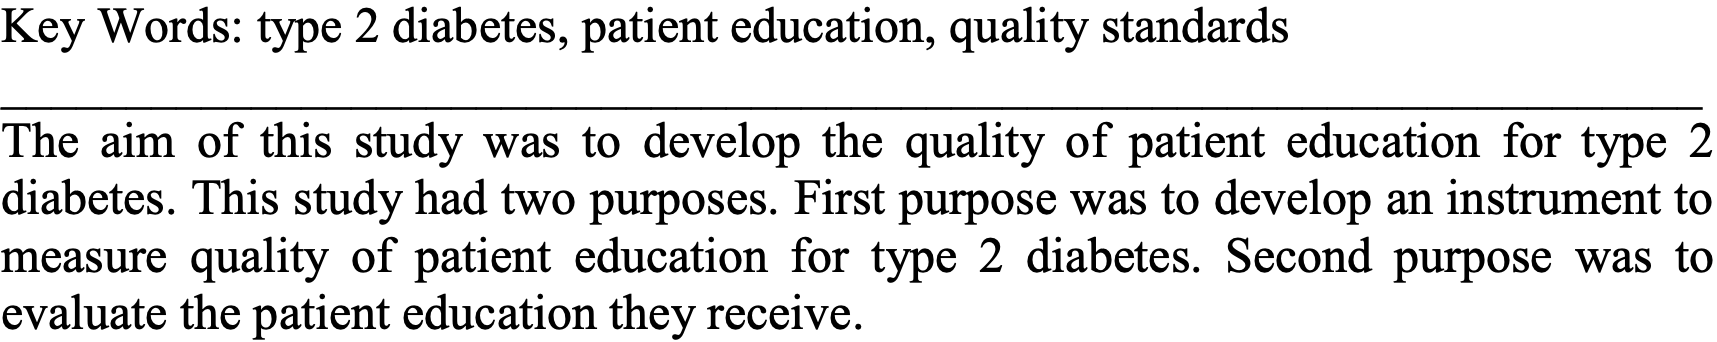
Key Words: type 2 diabetes, patient education, quality standards ____________________________________________________________________ The aim of this study was to develop the quality of patient education for type 2 diabetes. This study had two purposes. First purpose was to develop an instrument to measure quality of patient education for type 2 diabetes. Second purpose was to evaluate the patient education they receive.